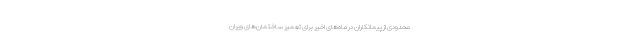
محدودی از پیمانکاران در ماه‌های اخیر برای تعمیر ساختمان‌های ویران